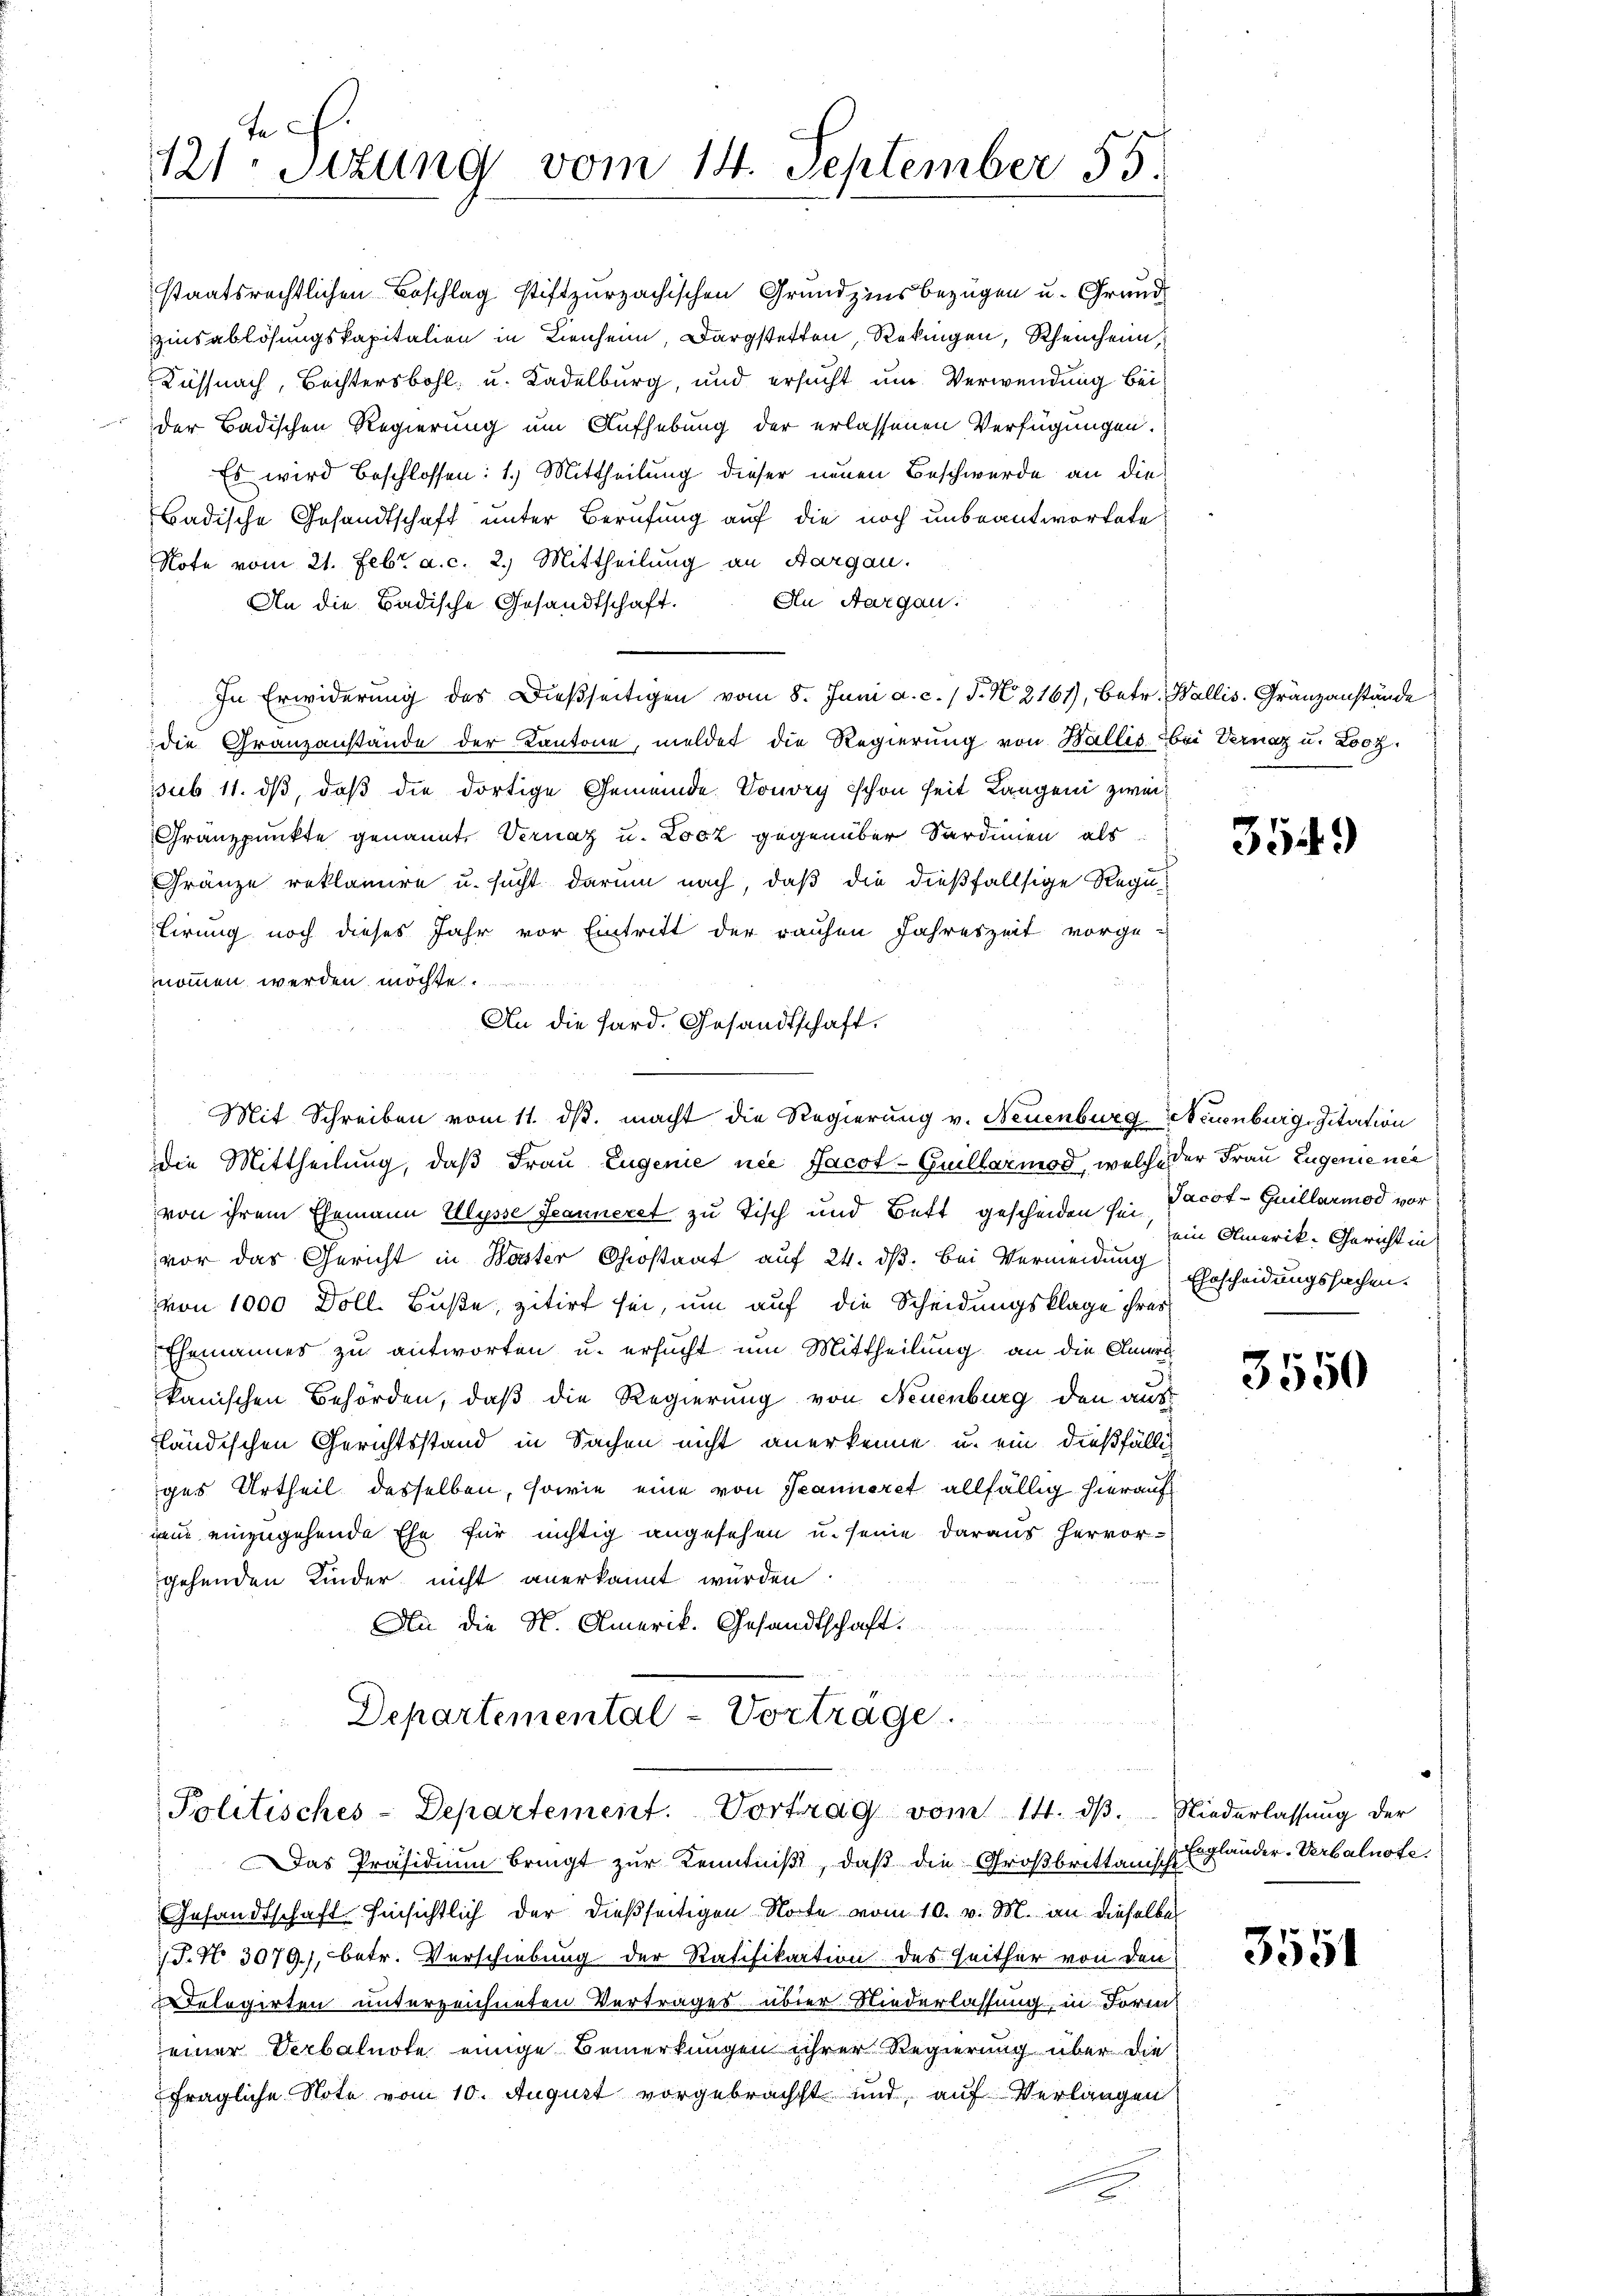
te
121. Sitzung vom 14. September 55.

staatsrechtlichen Beschlag stiftzurzachischen Grundzins bezügen u. Grund
zinsablösungskapitalien in Lienheim Darstetten, Rekingen, Rheinheim,
Küssnach, Bechtersbohl u. Kadelburg, und ersucht um Verwendung beider Badischen Regierung um Aufhebung der erlassenen Verfügungen.
Es wird beschlossen: 1.) Mittheilung dieser neuen Beschwerde an die
Badische Gesandtschaft unter Berufung auf die noch unbeantwortete
Note vom 21. Febr. a. c. 2.) Mittheilung an Aargau.
An Aargau.
An die Badische Gesandtschaft.
In Erwiderung des Dießseitigen vom 8. Juni a. c. 1 S. N. 2161), betr. Wallis. Gränzanstände
die Granzanstände der Kantone, meldet die Regierung von Wallis bei Vernaz u. Looz.
ssub 11. ds, daß die dortige Gemeinde. Vouvry schon seit Langen zwei¬
Granzpunkte genannt, Vernaz u. Losz gegenüber Sardinien als
Gränze reklamire u. sucht darum nach, daß die dießfallsige Regulirung noch dieses Jahr vor Eintritt der rauhen Jahreszeit vorge-
nommen werden möchte.
An die Sard. Gesandtschaft.
Mit Schreiben vom 11. ds. macht die Regierung v. Neuenburg-Neuenburg, Zitation
die Mittheilung, daß Frau Eugenie nie Jacot-Guillarmod, welche der Frau Eugenience
von ihrem Ehemann Ulysse Jeanneret zu Tisch und Bett gescheiden sei Jacot-Guillarmod vor
vor das Gericht in Waster Chrostaat auf 24. dß. Bei Vermeidung
von 1000 Doll. Buße, zitirt sei, um auf die Scheidungsklage ihres
Ehemannes zu antworten u. ersucht um Mittheilung an die Anerk
kanischen Behörden, daß die Regierung von Neuenburg den aus
ländischen Gerichtsstand in Sachen nicht anerkenne u. ein dießfällig
ges Urtheil desselben, sowie eine von Jeanneret allfällig hierauf
nem einzugehende Ehe für nichtig angesehen u. seine daraus hervor-
gehenden Kinder nicht anerkannt wurden
An die N. Amerik. Gesandtschaft.
Departemental-Vortrage.
u
Politisches-Departement. Vortrag vom 14. dβ. Niederlassŭng der
Das Präsidium bringt zur Kenntniß, daß die Großbrittanisch Engländer-Verbalnote.
Gesandtschaft hinsichtlich der dießseitigen Note vom 10. v. M. an dieselbe
/T. No 3079), betr. Verschiebung der Ratifikation des Seither von den
Tologirten unterzeichneten Vertrages über Niederlassung, in Form
einer Verbalnote einige Bemerkungen ihrer Regierung über die
fragliche Note vom 10. August vorgebrachst und, auf Verlangen

354)

ein Amerik-Gericht in
Ehrscheidungssachen.

3550

3551